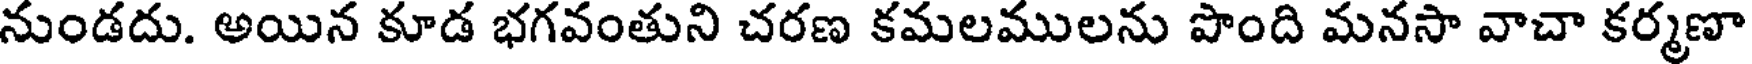
నుండదు. అయిన కూడ భగవంతుని చరణ కమలములను పొంది మనసా వాచా కర్మణా